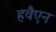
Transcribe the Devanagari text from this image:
हवैएन